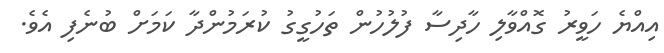
އިއްޔެ ހަވީރު ގޮއްވާލި ހާދިސާ ފުލުހުން ތަހުގީގު ކުރަމުންދާ ކަމަށް ބުނެފި އެވެ.